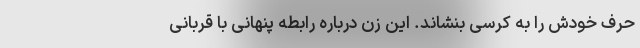
حرف خودش را به کرسی بنشاند. این زن درباره رابطه پنهانی با قربانی